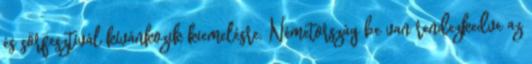
és sörfesztivál kívánkozik kiemelésre. Németország be van rendezkedve az